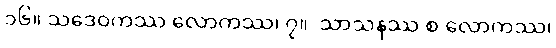
၁၆။ သဒေဝကဿ လောကဿ၊ ၇။  သာသနဿ စ လောကဿ၊